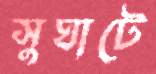
সুঘাটে